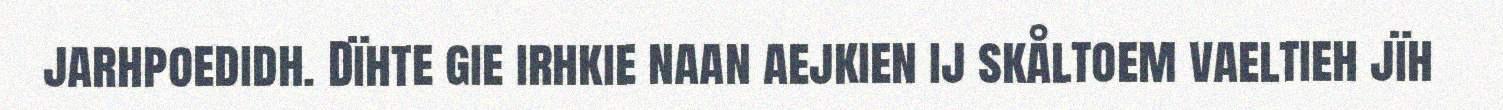
jarhpoedidh. Dïhte gie irhkie naan aejkien ij skåltoem vaeltieh jïh